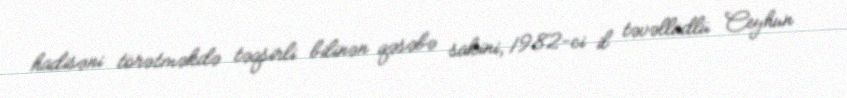
hadisəni törətməkdə təqsirli bilinən qəsəbə sakini, 1982-ci il təvəllüdlü Ceyhun